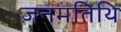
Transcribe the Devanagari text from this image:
जनमतिथि